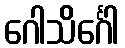
ဂေါသိင်္ဂေါ